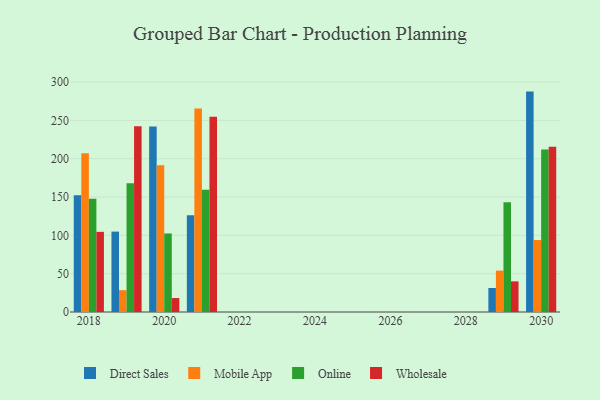
{"axis": {"x": "Year", "y": "Demand Index"}, "legend": ["Direct Sales", "Mobile App", "Online", "Wholesale"], "data": [{"x": "2019", "y": 104.9, "type": "Direct Sales"}, {"x": "2019", "y": 28.5, "type": "Mobile App"}, {"x": "2019", "y": 168.0, "type": "Online"}, {"x": "2019", "y": 242.5, "type": "Wholesale"}, {"x": "2029", "y": 31.3, "type": "Direct Sales"}, {"x": "2029", "y": 54.0, "type": "Mobile App"}, {"x": "2029", "y": 143.2, "type": "Online"}, {"x": "2029", "y": 40.0, "type": "Wholesale"}, {"x": "2030", "y": 287.6, "type": "Direct Sales"}, {"x": "2030", "y": 93.9, "type": "Mobile App"}, {"x": "2030", "y": 211.9, "type": "Online"}, {"x": "2030", "y": 215.7, "type": "Wholesale"}, {"x": "2018", "y": 152.5, "type": "Direct Sales"}, {"x": "2018", "y": 207.3, "type": "Mobile App"}, {"x": "2018", "y": 147.9, "type": "Online"}, {"x": "2018", "y": 104.6, "type": "Wholesale"}, {"x": "2021", "y": 126.3, "type": "Direct Sales"}, {"x": "2021", "y": 265.4, "type": "Mobile App"}, {"x": "2021", "y": 159.5, "type": "Online"}, {"x": "2021", "y": 254.9, "type": "Wholesale"}, {"x": "2020", "y": 242.2, "type": "Direct Sales"}, {"x": "2020", "y": 191.6, "type": "Mobile App"}, {"x": "2020", "y": 102.5, "type": "Online"}, {"x": "2020", "y": 18.2, "type": "Wholesale"}]}